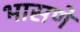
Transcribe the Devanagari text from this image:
भासणे